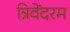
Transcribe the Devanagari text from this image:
त्रिवेंदरम